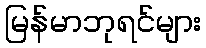
မြန်မာဘုရင်များ